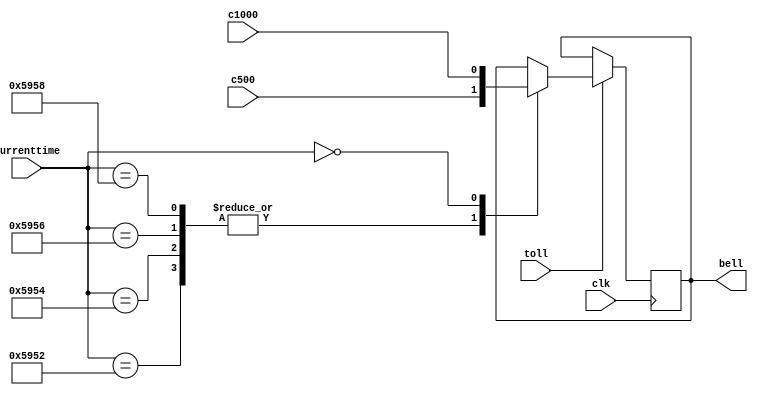
`timescale 1ns / 1ps
//////////////////////////////////////////////////////////////////////////////////
// Company: 
// Engineer: 
// 
// Design Name: 
// Module Name: tollthebell
// Project Name: 
// Target Devices: 
// Tool Versions: 
// Description: 
// 
// Dependencies: 
// 
// Revision:
// Revision 0.01 - File Created
// Additional Comments:
// 
//////////////////////////////////////////////////////////////////////////////////


module tollthebell(input toll, clk, c500, c1000, input [15:0] currenttime, output reg bell);
    always @ (posedge clk)
        if (toll)
            case (currenttime)
                16'h5952: bell <= c500;
                16'h5954: bell <= c500;
                16'h5956: bell <= c500;
                16'h5958: bell <= c500;
                16'h0000: bell <= c1000;
            endcase
endmodule